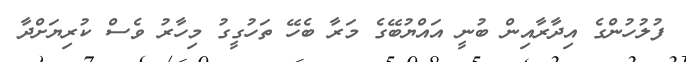
ފުލުހުންގެ އިދާރާއިން ބުނީ އައްޔުބޭގެ މަރާ ބެހޭ ތަހުގީގު މިހާރު ވެސް ކުރިޔަށްދާ